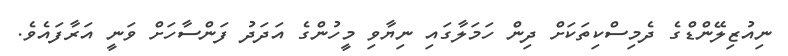
ނިއުޒިލޭންޑްގެ ދެމިސްކިތަކަށް ދިން ހަމަލާގައި ނިޔާވި މީހުންގެ އަދަދު ފަންސާހަށް ވަނީ އަރާފައެވެ.